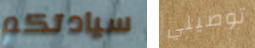
سيادتكم توصيلي